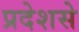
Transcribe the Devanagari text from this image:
प्रदेशसे